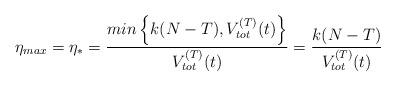
LaTeX: \begin{align*}\eta_{max}=\eta_* =\frac{min\left\lbrace k(N-T),V_{tot}^{(T)}(t)\right\rbrace}{V_{tot}^{(T)}(t)}=\frac{k(N-T)}{V_{tot}^{(T)}(t)} \end{align*}